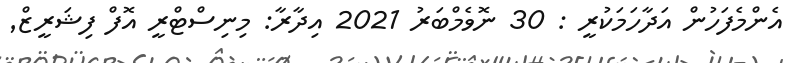
އެންމެފަހުން އަދާހަމަކުރީ : 30 ނޮވެމްބަރު 2021 އިދާރާ: މިނިސްޓްރީ އޮފް ފިޝަރީޒް